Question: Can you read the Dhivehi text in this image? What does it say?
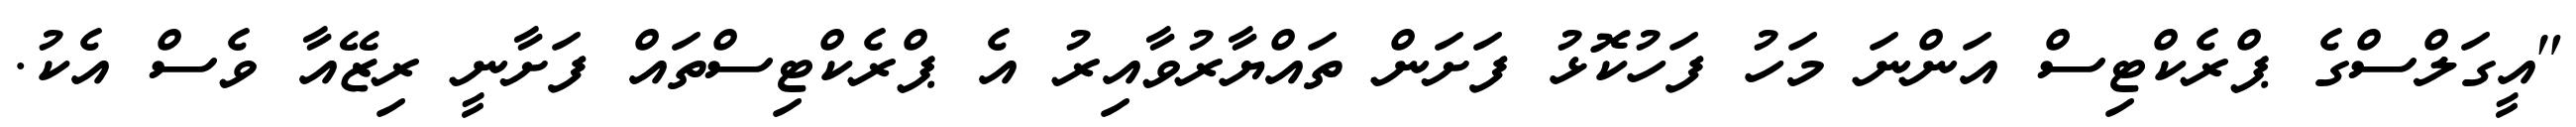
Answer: "އީގަލްސްގެ ޕްރެކްޓިސް އަންނަ މަހު ފަހުކޮޅު ފަށަން ތައްޔާރުވާއިރު އެ ޕްރެކްޓިސްތައް ފަށާނީ ރިޒޭއާ ވެސް އެކު.